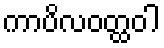
ကာပိလဝတ္ထဝါ